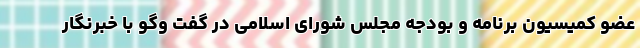
عضو کمیسیون برنامه و بودجه مجلس شورای اسلامی در گفت وگو با خبرنگار